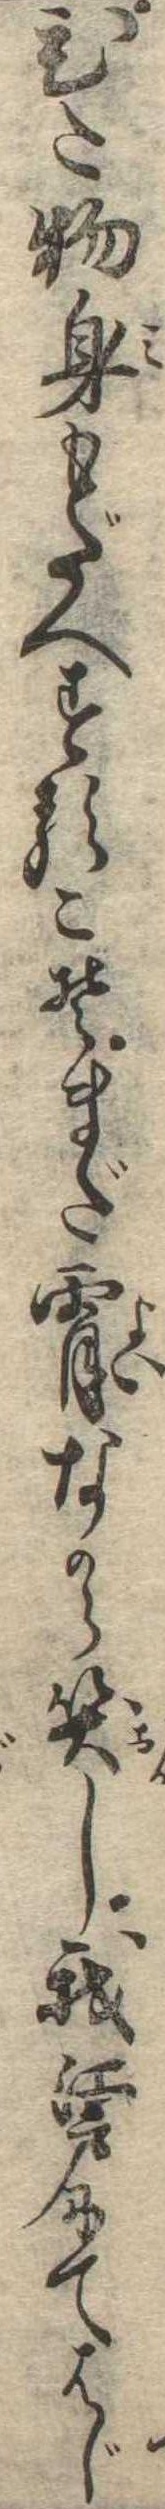
ひた物身もだへするこそまだ宵なから笑し我江戸にてはじ